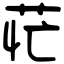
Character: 𦮝